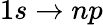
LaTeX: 1s\rightarrow np